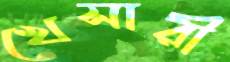
খেসারী